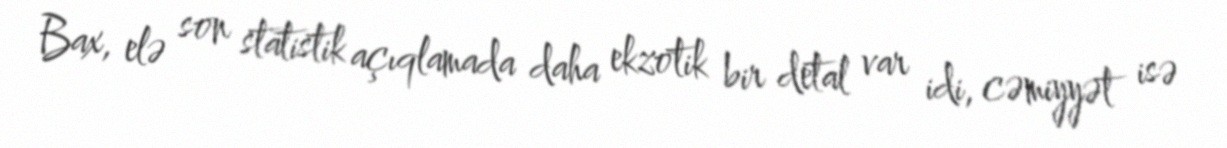
Bax, elə son statistik açıqlamada daha ekzotik bir detal var idi, cəmiyyət isə